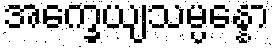
အက္ခေယျသမ္ပန္နော